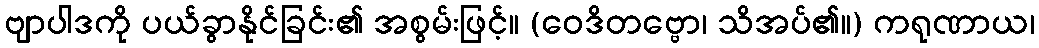
ဗျာပါဒကို ပယ်ခွာနိုင်ခြင်း၏ အစွမ်းဖြင့်။ (ဝေဒိတဗ္ဗော၊ သိအပ်၏။) ကရုဏာယ၊